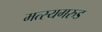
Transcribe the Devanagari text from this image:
मत्स्यगरुड